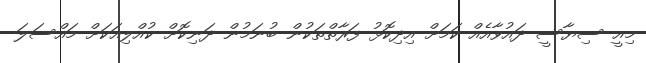
މިއީ ސިޔާސީ ދައުވާއެއް ކަމަށް އިދިކޮޅު ފަރާތްތަކުން ބުނަމުން ދަނިކޮށް ކުއްލިއަކަށް މައްސަލަ